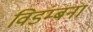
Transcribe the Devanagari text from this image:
विडंम्बना